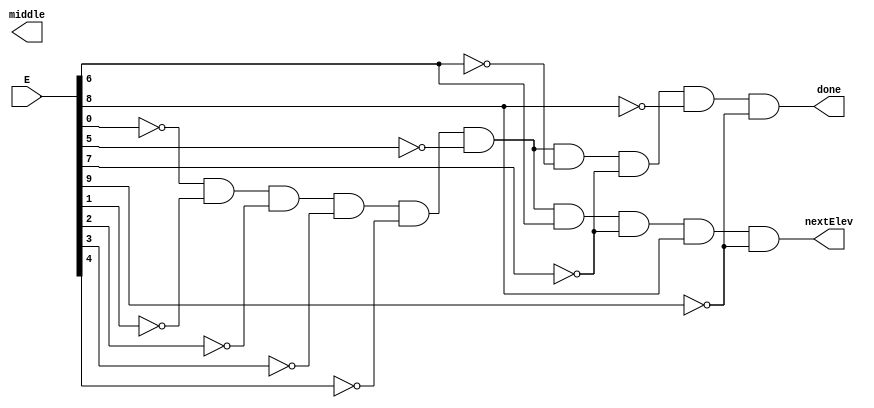
`timescale 1ns / 1ps
//////////////////////////////////////////////////////////////////////////////////
// Company: 
// Engineer: 
// 
// Design Name: 
// Module Name:    ElevatorControl 
// Project Name: 
// Target Devices: 
// Tool versions: 
// Description: 
//
// Dependencies: 
//
// Revision: 
// Revision 0.01 - File Created
// Additional Comments: 
//
//////////////////////////////////////////////////////////////////////////////////
module ElevatorControl(E,done,nextElev,middle);
	input [9:0] E;
	
	output done;
	output nextElev;
	output middle;
	
	assign done = ~E[0]&~E[1]&~E[2]&~E[3]&~E[4]&~E[5]&~E[6]&~E[7]&~E[8]&~E[9];
	assign nextElev = ~E[0]&~E[1]&~E[2]&~E[3]&~E[4]&~E[5]&E[6]&~E[7]&E[8]&~E[9];
	assign Middle = ~E[0]&~E[1]&~E[2]&~E[3]&E[4]&E[5]&E[6]&E[7]&~E[8]&~E[9];

endmodule